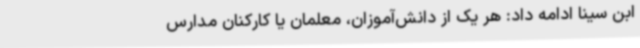
ابن سینا ادامه داد: هر یک از دانش‌آموزان، معلمان یا کارکنان مدارس